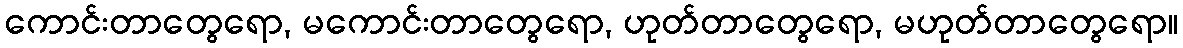
ကောင်းတာတွေရော, မကောင်းတာတွေရော, ဟုတ်တာတွေရော, မဟုတ်တာတွေရော။